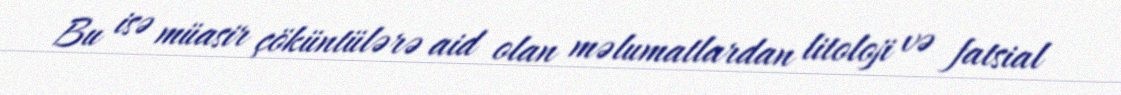
Bu isə müasir çöküntülərə aid olan məlumatlardan litoloji və fatsial